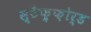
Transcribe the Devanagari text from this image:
स्टैफ़्फ़ोर्ड